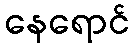
နေရောင်